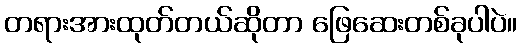
တရားအားထုတ်တယ်ဆိုတာ ဖြေဆေးတစ်ခုပါပဲ။